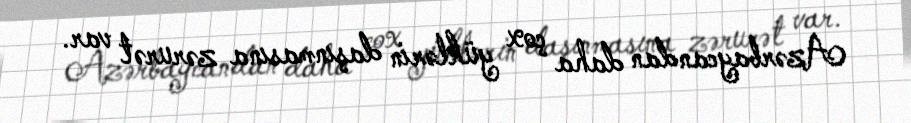
Azərbaycandan daha çox yüklərin daşınmasına zərurət var.